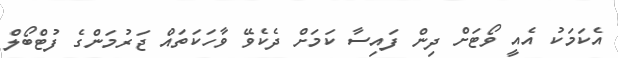
އެކަމަކު އެއީ ވޯޓަށް ދިން ފައިސާ ކަމަށް ދެކެވޭ ވާހަކަތައް ޖަރުމަންގެ ފުޓްބޯލް